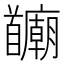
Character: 𫗻